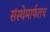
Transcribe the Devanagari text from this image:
संस्थेमार्फतच